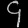
Digit: ၄